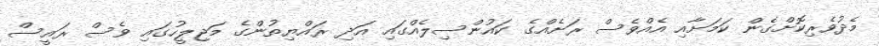
މެދުވެރިކޮށްގެން ކަމަށާއި އެއްވެސް ރަށެއްގެ ކައުންސިލެއްގައި އަދި ރައްޔިތުންގެ މަޖިލީހުގައި ވެސް ރައީސް